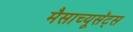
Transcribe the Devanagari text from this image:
मैसाच्यूसॅट्स